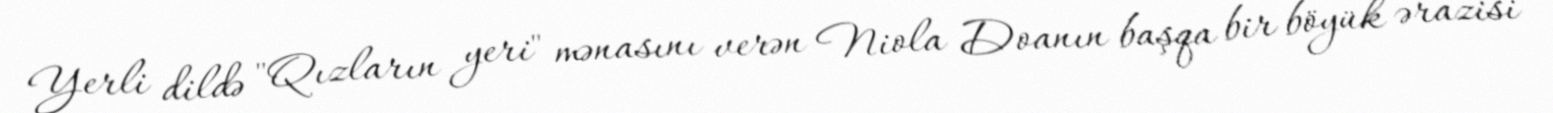
Yerli dildə "Qızların yeri" mənasını verən Niola Doanın başqa bir böyük ərazisi